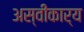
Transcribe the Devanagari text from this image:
अस्‍वीकार्य